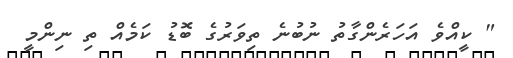
" ކީއްވެ އަހަރެންގާތު ނުބުނެ ތިވަރުގެ ބޮޑު ކަމެއް ތި ނިންމީ